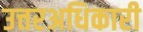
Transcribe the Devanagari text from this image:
उत्तरअधिकारी